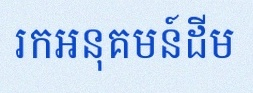
រកអនុគមន៍ដើម